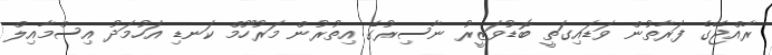
ރާއްޖޭގެ ފަރާތުން ވަޑައިގަތީ ބޮޑުވަޒީރު ނާސިރުގެ އިތުރުން މަރުހޫމް ކަނޑި އަހުމަދު އިސްމާއިލް